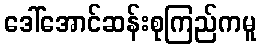
ဒေါ်အောင်ဆန်းစုကြည်ကမူ